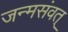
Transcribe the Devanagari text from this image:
जन्मसंवत्